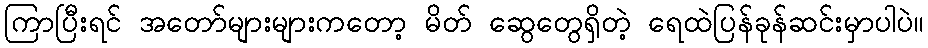
ကြာပြီးရင် အတော်များများကတော့ မိတ် ဆွေတွေရှိတဲ့ ရေထဲပြန်ခုန်ဆင်းမှာပါပဲ။